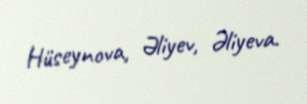
Hüseynova, Əliyev, Əliyeva.